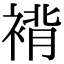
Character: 褙